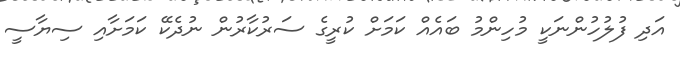
އަދި ފުލުހުންނަކީ މުހިންމު ބައެއް ކަމަށް ކުރީގެ ސަރުކާރުން ނުދެކޭ ކަމަށާއި ސިޔާސީ